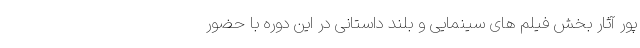
پور آثار بخش فیلم های سینمایی و بلند داستانی در این دوره با حضور